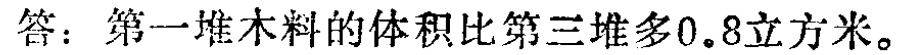
答：第一堆木料的体积比第三堆多0.8立方米。